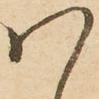
ハ